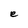
Character: e